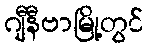
ဂျီနီဗာမြို့တွင်